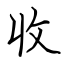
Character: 收